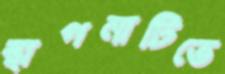
স্থাপনাটিতে